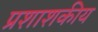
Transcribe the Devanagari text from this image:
प्रशाशकीय